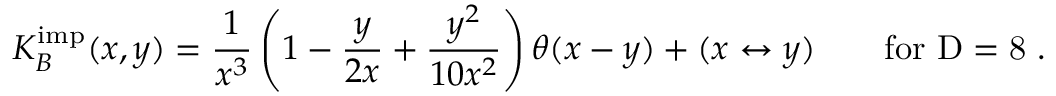
K _ { B } ^ { \mathrm { i m p } } ( x , y ) = \frac { 1 } { x ^ { 3 } } \left( 1 - \frac { y } { 2 x } + \frac { y ^ { 2 } } { 1 0 x ^ { 2 } } \right) \theta ( x - y ) + ( x \leftrightarrow y ) \qquad \mathrm { f o r ~ D = 8 ~ } .